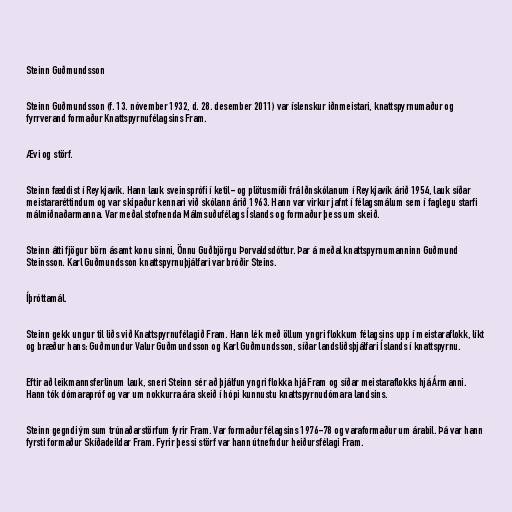
Steinn Guðmundsson

Steinn Guðmundsson (f. 13. nóvember 1932, d. 28. desember 2011) var íslenskur iðnmeistari, knattspyrnumaður og
fyrrverand formaður Knattspyrnufélagsins Fram.

Ævi og störf.

Steinn fæddist í Reykjavík. Hann lauk sveinsprófi í ketil- og plötusmíði frá Iðnskólanum í Reykjavík árið 1954, lauk síðar
meistararéttindum og var skipaður kennari við skólann árið 1963. Hann var virkur jafnt í félagsmálum sem í faglegu starfi
málmiðnaðarmanna. Var meðal stofnenda Málmsuðufélags Íslands og formaður þess um skeið.

Steinn átti fjögur börn ásamt konu sinni, Önnu Guðbjörgu Þorvaldsdóttur. Þar á meðal knattspyrnumanninn Guðmund
Steinsson. Karl Guðmundsson knattspyrnuþjálfari var bróðir Steins.

Íþróttamál.

Steinn gekk ungur til liðs við Knattspyrnufélagið Fram. Hann lék með öllum yngri flokkum félagsins upp í meistaraflokk, líkt
og bræður hans: Guðmundur Valur Guðmundsson og Karl Guðmundsson, síðar landsliðsþjálfari Íslands í knattspyrnu.

Eftir að leikmannsferlinum lauk, sneri Steinn sér að þjálfun yngri flokka hjá Fram og síðar meistaraflokks hjá Ármanni.
Hann tók dómarapróf og var um nokkurra ára skeið í hópi kunnustu knattspyrnudómara landsins.

Steinn gegndi ýmsum trúnaðarstörfum fyrir Fram. Var formaður félagsins 1976-78 og varaformaður um árabil. Þá var hann
fyrsti formaður Skíðadeildar Fram. Fyrir þessi störf var hann útnefndur heiðursfélagi Fram.